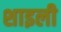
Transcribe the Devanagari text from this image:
शाइली